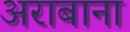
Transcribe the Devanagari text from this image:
अराबाना